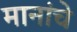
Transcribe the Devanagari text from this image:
मानांचे